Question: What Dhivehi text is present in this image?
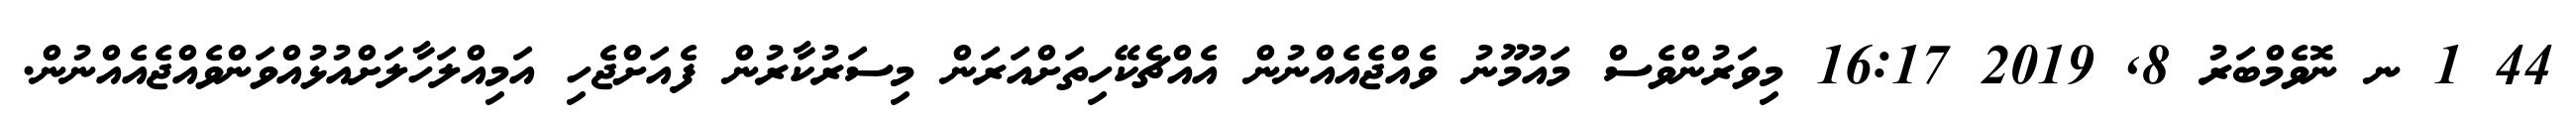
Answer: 44 1 ނ ނޮވެމްބަރު 8, 2019 16:17 މިވަރުންވެސް މައުމޫނު ވެއްޖެއެއްނުން އެއްޗެކޭހިތަށްއަރަން މިސަރުކާރުން ފެއަށްޖެހި އަމިއްލަހާލަށްއުޅުއްވަންވެއްޖެއެއްނުން.